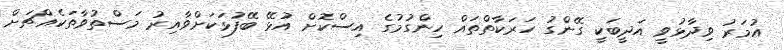
އުމަރު ވިދާޅުވީ އަދީބަކީ ގޭންގު ހަރަކާތްތައް ހިންގުމުގެ އިސްކޮށް އުޅޭ ބޭފުޅަކަށްވާއިރު މަސްތުވާތަކެއްޗަށް